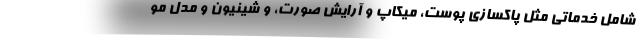
شامل خدماتی مثل پاکسازی پوست، میکاپ و آرایش صورت، و شینیون و مدل مو